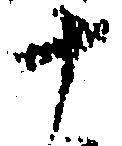
十